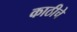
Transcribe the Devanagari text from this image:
काठीचे